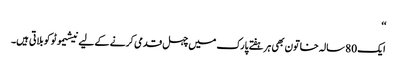
‘‘
ایک 80 سالہ خاتون بھی ہر ہفتے پارک میں چہل قدمی کرنے کے لیے نیشیموٹو کو بلاتی ہیں۔